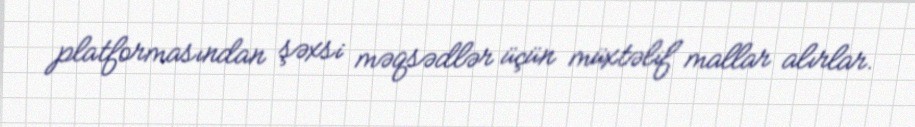
platformasından şəxsi məqsədlər üçün müxtəlif mallar alırlar.